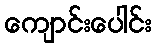
ကျောင်းပေါင်း